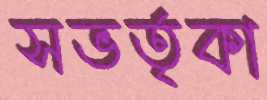
সভর্তৃকা